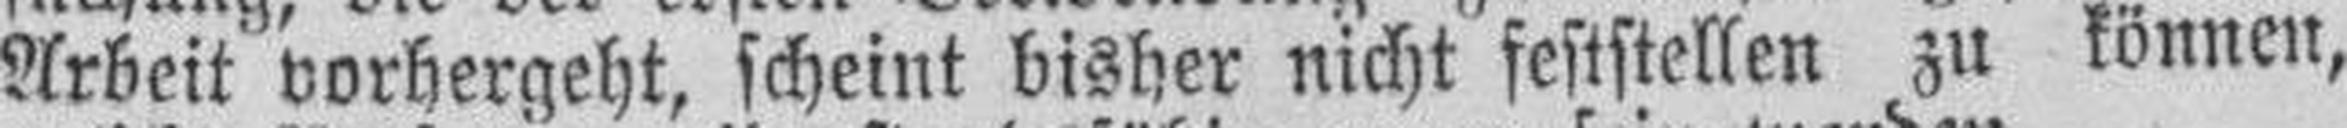
Arbeit vorhergeht, scheint bisher nicht feststellen zu können,